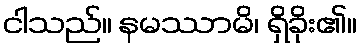
ငါသည်။ နမဿာမိ၊ ရှိခိုး၏။